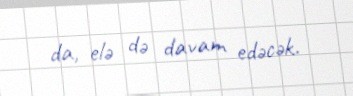
da, elə də davam edəcək.